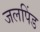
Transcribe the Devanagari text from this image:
जलपिंड